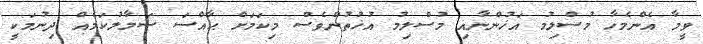
ވީމާ އެންމެހާ މުސްލިމު އަޚުންނާއި މުސްލިމު އުޚުތުންވެސް މިކަމަށް ޙާއްސަ ސަމާލުކަމެއް ދިނުމަކީ